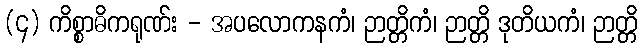
(၄) ကိစ္စာဓိကရုဏ်း - အပလောကနကံ၊ ဉာတ္တိကံ၊ ဉာတ္တိ ဒုတိယကံ၊ ဉာတ္တိ